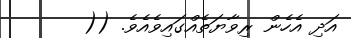
އަދި އެހެން ރިވާޔަތެއްގައިވެއެވެ. ((